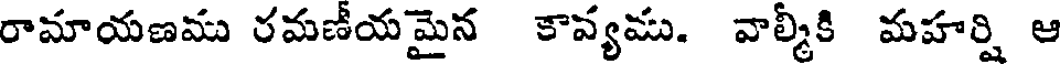
రామాయణము రమణీయమైన కావ్యము. వాల్మీకి మహర్షి ఆ